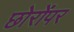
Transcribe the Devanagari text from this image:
छोरोंपर